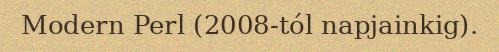
Modern Perl (2008-tól napjainkig).